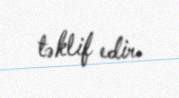
təklif edir.